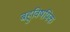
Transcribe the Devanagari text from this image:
बहुविषयिक